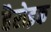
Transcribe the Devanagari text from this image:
हैरोइक